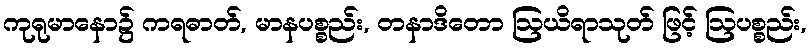
ကုရုမာနော၌ ကရဓာတ်, မာနပစ္စည်း, တနာဒိတော ဩယိရာသုတ် ဖြင့် ဩပစ္စည်း,